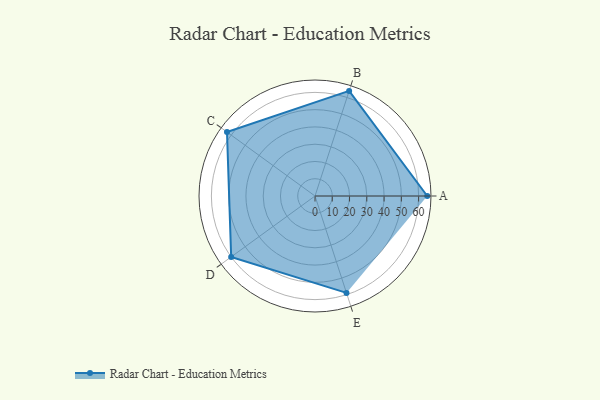
{"axis": {"x": "Skill", "y": "Score"}, "legend": ["Profile"], "data": [{"x": "A", "y": 65.0, "type": "Profile"}, {"x": "B", "y": 64.0, "type": "Profile"}, {"x": "C", "y": 63.0, "type": "Profile"}, {"x": "D", "y": 60.0, "type": "Profile"}, {"x": "E", "y": 59.0, "type": "Profile"}]}